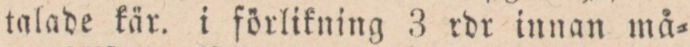
talade kär. i förlikning 3 rdr innan må=